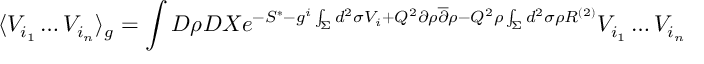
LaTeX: \langle V _ { i _ { 1 } } \dots V _ { i _ { n } } \rangle _ { g } = \int { \cal D } \rho { \cal D } X e ^ { - S ^ { * } - g ^ { i } \int _ { \Sigma } d ^ { 2 } \sigma V _ { i } + Q ^ { 2 } \partial \rho { \overline { { \partial } } } \rho - Q ^ { 2 } \rho \int _ { \Sigma } d ^ { 2 } \sigma \rho R ^ { ( 2 ) } } V _ { i _ { 1 } } \dots V _ { i _ { n } }